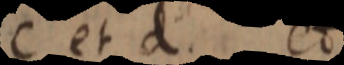
c et d et